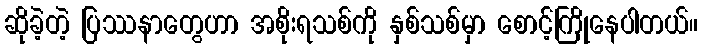
ဆိုခဲ့တဲ့ ပြဿနာတွေဟာ အစိုးရသစ်ကို နှစ်သစ်မှာ စောင့်ကြိုနေပါတယ်။